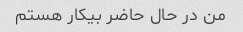
من در حال حاضر بیکار هستم